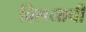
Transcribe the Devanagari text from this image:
विशयाची